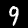
Digit: 9